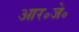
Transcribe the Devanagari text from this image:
आर॰जे॰